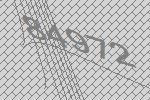
84972